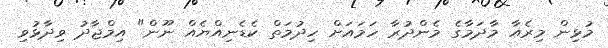
މުޅިން މިރެއާ މާދަމާގެ މެންދުރާ ހަމައަށް ހިދުމަތް ކެޑެނިއްޔެއް ނޫން" އިމްޖާދު ވިދާޅުވި